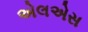
એલએસ